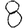
Digit: 8